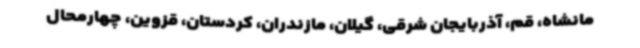
مانشاه، قم، آذربایجان شرقی، گیلان، مازندران، کردستان، قزوین، چهارمحال